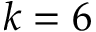
k = 6